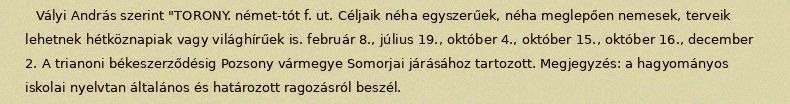
Vályi András szerint "TORONY. német-tót f. ut. Céljaik néha egyszerűek, néha meglepően nemesek, terveik lehetnek hétköznapiak vagy világhírűek is. február 8., július 19., október 4., október 15., október 16., december 2. A trianoni békeszerződésig Pozsony vármegye Somorjai járásához tartozott. Megjegyzés: a hagyományos iskolai nyelvtan általános és határozott ragozásról beszél.